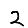
Digit: 2